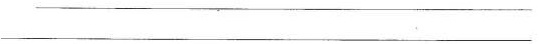
___